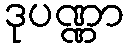
ဒုပဏ္ဏာ